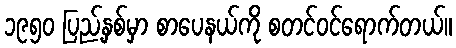
၁၉၅၀ ပြည့်နှစ်မှာ စာပေနယ်ကို စတင်ဝင်ရောက်တယ်။